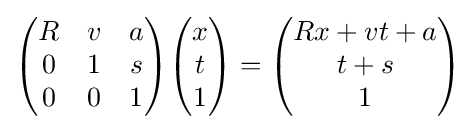
{\begin{pmatrix}R&v&a\\0&1&s\\0&0&1\end{pmatrix}}{\begin{pmatrix}x\\t\\1\end{pmatrix}}={\begin{pmatrix}Rx+vt+a\\t+s\\1\end{pmatrix}}